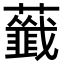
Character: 𧃖